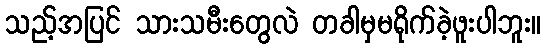
သည့်အပြင် သားသမီးတွေလဲ တခါမှမရိုက်ခဲ့ဖူးပါဘူး။